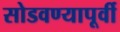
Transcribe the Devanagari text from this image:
सोडवण्यापूर्वी